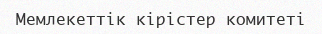
Мемлекеттік кірістер комитеті